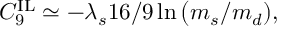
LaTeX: C _ { 9 } ^ { \mathrm { I L } } \simeq - \lambda _ { s } 1 6 / 9 \ln \big ( m _ { s } / m _ { d } ) ,